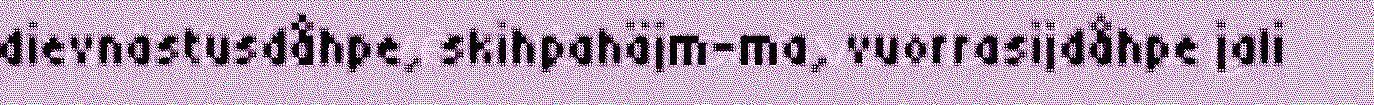
dievnastusdåhpe, skihpahäjm-ma, vuorrasijdåhpe jali